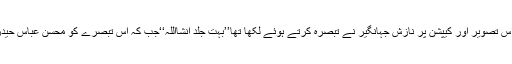
دلچسپ بات یہ ہے کہ اس تصویر اور کیپشن پر نازش جہانگیر نے تبصرہ کرتے ہوئے لکھا تھا’’بہت جلد انشااللہ‘‘جب کہ اس تبصرے کو محسن عباس حیدر نے لائک بھی کیاتھا۔